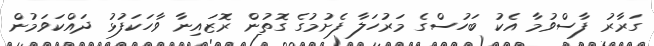
ގަރާރު ފާސްވުމާ އެކު ބަހުސްގެ މަރުހަލާ ފެށުމުގެ ގޮތުން ރޮޒައިނާ ވާހަކަފުޅު ދައްކަވަމުން